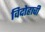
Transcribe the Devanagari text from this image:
विदोहाची